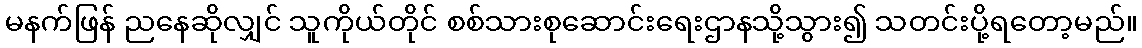
မနက်ဖြန် ညနေဆိုလျှင် သူကိုယ်တိုင် စစ်သားစုဆောင်းရေးဌာနသို့သွား၍ သတင်းပို့ရတော့မည်။